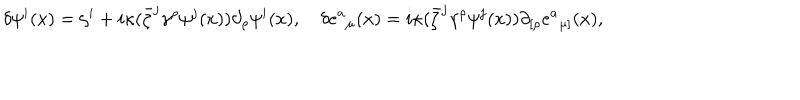
LaTeX: \delta \psi ^ { i } ( x ) = \zeta ^ { i } + i \kappa ( \bar { \zeta } ^ { j } { \gamma } ^ { \rho } \psi ^ { j } ( x ) ) \partial _ { \rho } \psi ^ { i } ( x ) , \quad \delta { e ^ { a } } _ { \mu } ( x ) = i \kappa ( \bar { \zeta } ^ { j } { \gamma } ^ { \rho } \psi ^ { j } ( x ) ) \partial _ { [ \rho } { e ^ { a } } _ { \mu ] } ( x ) ,